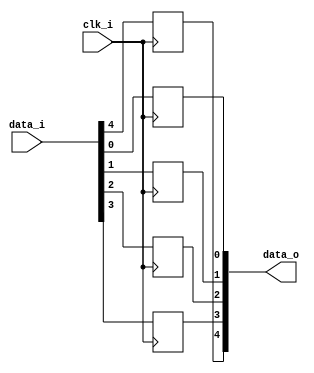
// This program was cloned from: https://github.com/NYU-MLDA/OpenABC
// License: BSD 3-Clause "New" or "Revised" License

module bsg_dff_width_p5_harden_p0_strength_p4
(
  clk_i,
  data_i,
  data_o
);

  input [4:0] data_i;
  output [4:0] data_o;
  input clk_i;
  wire [4:0] data_o;
  reg data_o_4_sv2v_reg,data_o_3_sv2v_reg,data_o_2_sv2v_reg,data_o_1_sv2v_reg,
  data_o_0_sv2v_reg;
  assign data_o[4] = data_o_4_sv2v_reg;
  assign data_o[3] = data_o_3_sv2v_reg;
  assign data_o[2] = data_o_2_sv2v_reg;
  assign data_o[1] = data_o_1_sv2v_reg;
  assign data_o[0] = data_o_0_sv2v_reg;

  always @(posedge clk_i) begin
    if(1'b1) begin
      data_o_4_sv2v_reg <= data_i[4];
    end 
  end


  always @(posedge clk_i) begin
    if(1'b1) begin
      data_o_3_sv2v_reg <= data_i[3];
    end 
  end


  always @(posedge clk_i) begin
    if(1'b1) begin
      data_o_2_sv2v_reg <= data_i[2];
    end 
  end


  always @(posedge clk_i) begin
    if(1'b1) begin
      data_o_1_sv2v_reg <= data_i[1];
    end 
  end


  always @(posedge clk_i) begin
    if(1'b1) begin
      data_o_0_sv2v_reg <= data_i[0];
    end 
  end


endmodule